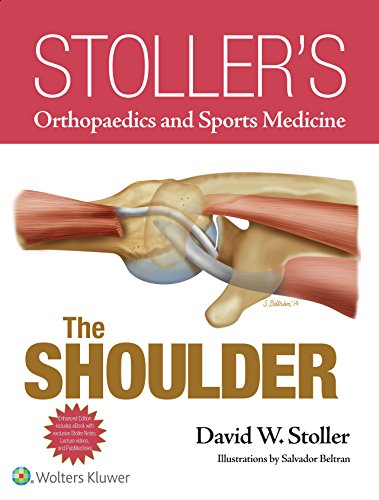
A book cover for Stoller's Orthopaedics and Sports Medicine: The Shoulder Package; David W. Stoller MD  FACR; Medical Books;